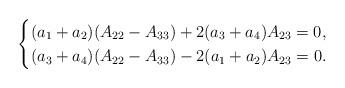
LaTeX: \begin{align*}\begin{cases}(a_1+a_2)(A_{22}-A_{33})+2(a_3+a_4)A_{23}=0,\\(a_3+a_4)(A_{22}-A_{33})-2(a_1+a_2)A_{23}=0.\end{cases}\end{align*}